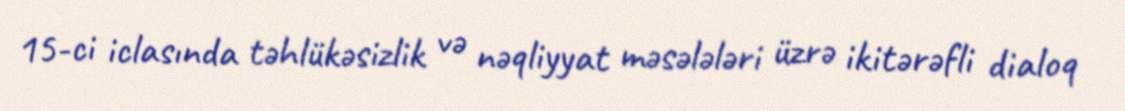
15-ci iclasında təhlükəsizlik və nəqliyyat məsələləri üzrə ikitərəfli dialoq